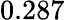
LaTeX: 0.287